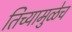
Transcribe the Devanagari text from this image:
तिच्यामुळेच